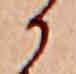
か